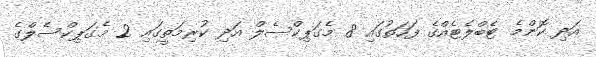
އަދި ކޮންމެ ޓެބްލެޓެއްގެ ފަހަތުގައި 8 މެގަޕިކްސެލް އަދި ކުރިމަތީގައި 2 މެގަޕިކްސެލްގެ